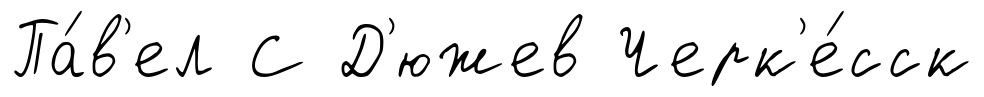
Па́в'ел С Д'южев Черк'е́сск